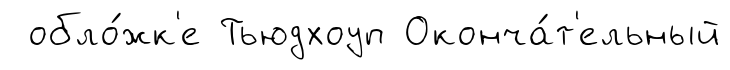
обло́жк'е Тьюдхоуп Оконча́т'ельный